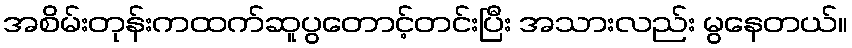
အစိမ်းတုန်းကထက်ဆူပွတောင့်တင်းပြီး အသားလည်း မွနေတယ်။